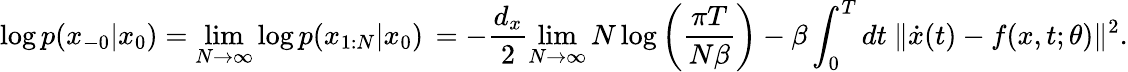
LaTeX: \log p(x_{-0}|x_{0})=\operatorname*{lim}_{N\to\infty}\log p(x_{1:N}|x_{0})\, =-\frac{d_{x}}{2}\operatorname*{lim}_{N\to\infty}N\log\left(\frac{\pi T}{N\beta}\right)-\beta\int_{0}^{T}dt\ \lVert\dot{x}(t)-f(x,t;\theta)\lVert^{2}.